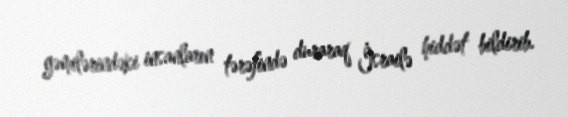
gəmilərindəki insanların tərəfində duraraq İsrailə hiddət bildirib.